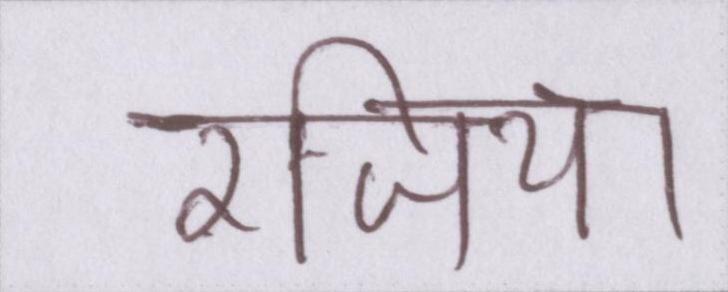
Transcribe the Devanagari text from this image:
रजिया